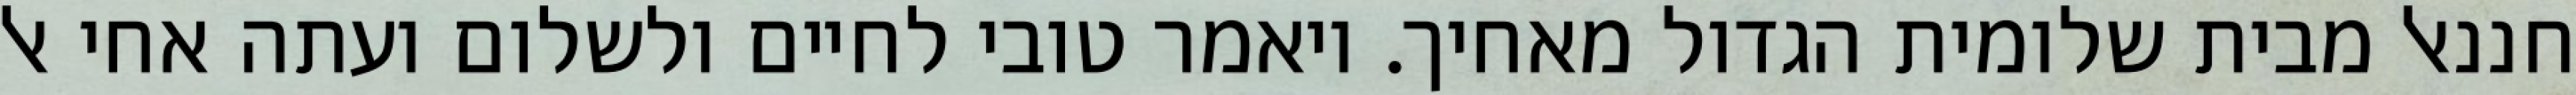
חננאל מבית שלומית הגדול מאחיך. ויאמר טובי לחיים ולשלום ועתה אחי אל